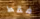
فقط